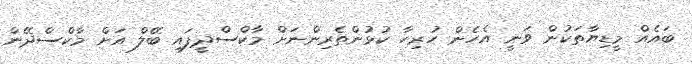
ބައެއް މީޑިޔާތަކުން ވަނީ އެހެން ހުރިހާ ކުޅުންތެރިންނަށް މާކްސްދީފައި ބޭލް އަށް މާކްސްދޭން